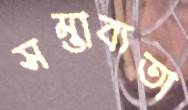
সম্ভাব্যতা